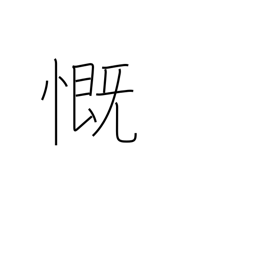
Meaning: rue